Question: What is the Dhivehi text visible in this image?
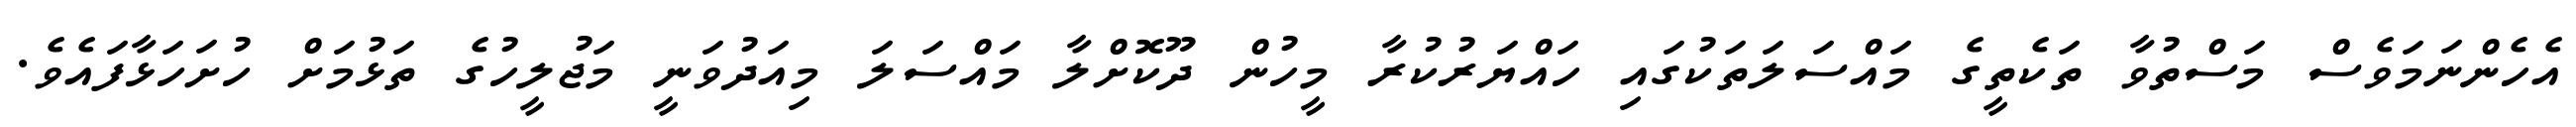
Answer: އެހެންނަމަވެސް މަސްތުވާ ތަކެތީގެ މައްސަލަތަކުގައި ހައްޔަރުކުރާ މީހުން ދޫކޮށްލާ މައްސަލަ މިއަދުވަނީ މަޖުލީހުގެ ތަޅުމަށް ހުށަހަޅާފައެވެ.